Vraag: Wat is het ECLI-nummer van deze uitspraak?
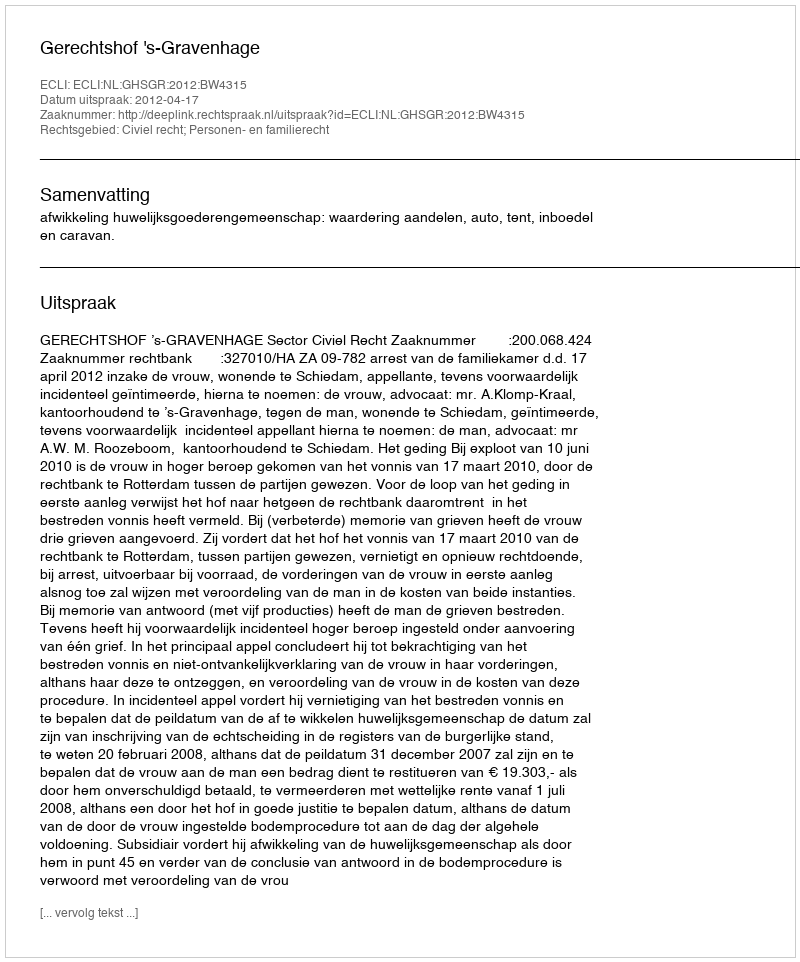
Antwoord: ECLI:NL:GHSGR:2012:BW4315